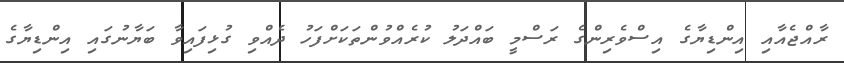
ރާއްޖެއާއި އިންޑިޔާގެ އިސްވެރިންގެ ރަސްމީ ބައްދަލު ކުރެއްވުންތަކަށްފަހު ދެއްވި ގުޅިފައިވާ ބަޔާނުގައި އިންޑިޔާގެ